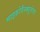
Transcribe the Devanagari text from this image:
माइक्रोवैस्क्यूलेचर